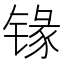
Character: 𰾦